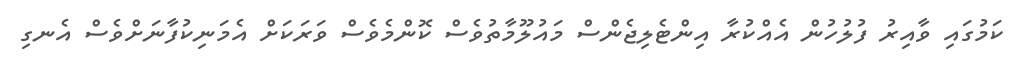
ކަމުގައި ވާއިރު ފުލުހުން އެއްކުރާ އިންޓެލިޖެންސް މައުލޫމާތުވެސް ކޮންމެވެސް ވަރަކަށް އެމަނިކުފާނަށްވެސް އެނގި